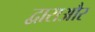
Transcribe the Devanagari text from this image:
द्वाराऔर